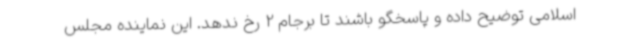
اسلامی توضیح داده و پاسخگو باشند تا برجام 2 رخ ندهد. این نماینده مجلس